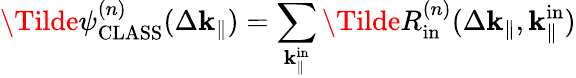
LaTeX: \Tilde{\psi}_{\mathrm{CLASS}}^{(n)}(\Delta\mathbf{k}_{\parallel})=\sum_{\mathbf{k}_{\parallel}^{\mathrm{in}}}\Tilde{R}_{\mathrm{in}}^{(n)}(\Delta\mathbf{k}_{\parallel},\mathbf{k}_{\parallel}^{\mathrm{in}})